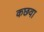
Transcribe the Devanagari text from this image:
कछवा